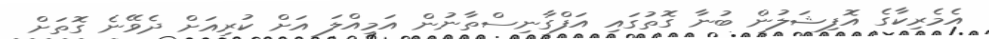
އެމެރިކާގެ އޮފިޝަލުން ބުނާ ގޮތުގައި އަފްގާނިސްތާނުން އަމިއްލަ އަށް ކުރިއަށް ދެވޭނެ ގޮތަށް